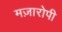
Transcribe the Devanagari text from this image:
मज़ारोपी